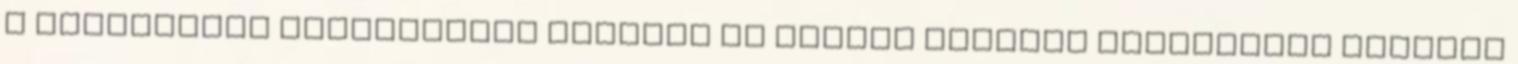
A fejlesztés fontosságát mutatja az elmúlt évtized árvizeirõl készült